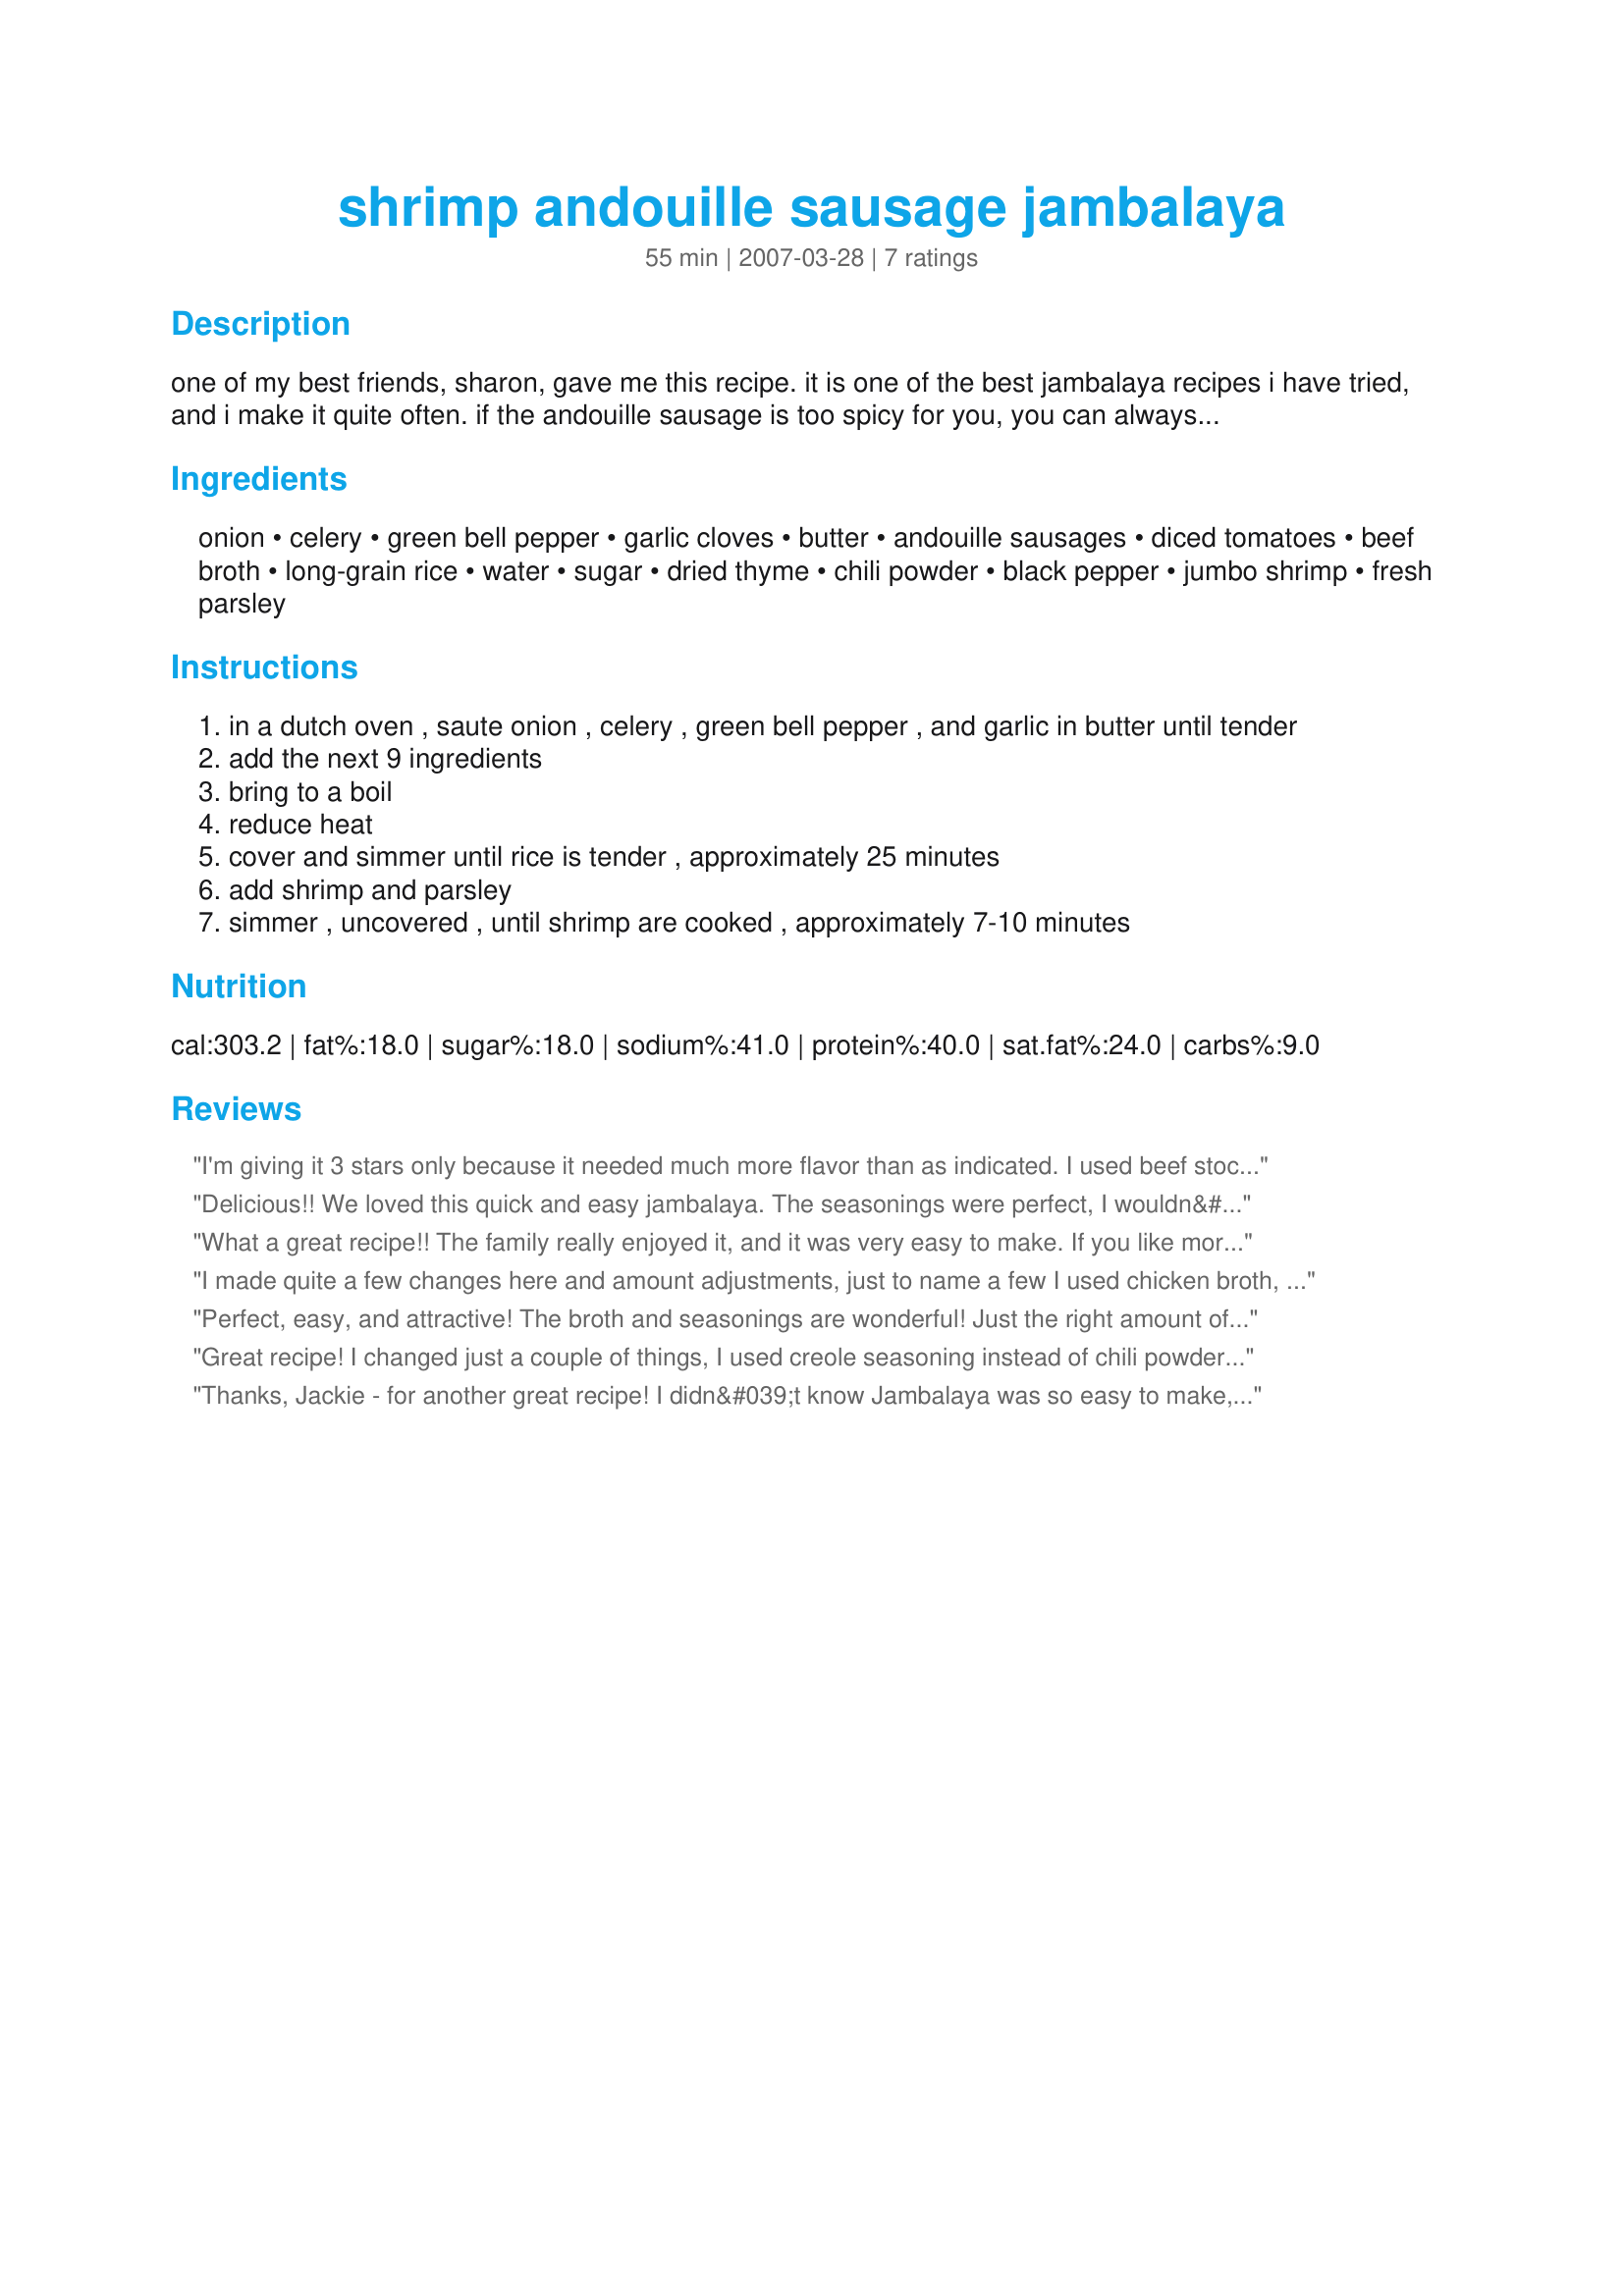
shrimp andouille sausage jambalaya
Preparation time: 55 minutes

one of my best friends, sharon, gave me this recipe. it is one of the best jambalaya recipes i have tried, and i make it quite often. if the andouille sausage is too spicy for you, you can always substitute 2 cups of cubed cooked ham.

Ingredients:
onion, celery, green bell pepper, garlic cloves, butter, andouille sausages, diced tomatoes, beef broth, long-grain rice, water, sugar, dried thyme, chili powder, black pepper, jumbo shrimp, fresh parsley

Steps:
in a dutch oven , saute onion , celery , green bell pepper , and garlic in butter until tender
add the next 9 ingredients
bring to a boil
reduce heat
cover and simmer until rice is tender , approximately 25 minutes
add shrimp and parsley
simmer , uncovered , until shrimp are cooked , approximately 7-10 minutes

Reviews:
I'm giving it 3 stars only because it needed much more flavor than as indicated. I used beef stock (about 3 times as much), 13 oz. of sausage, 1 lb shrimp. I added not only cayenne but Old Bay and about twice the other seasoning. I did add a little more vegetables to it, chopped zucchini, just before the shrimp but I was surprised it needed as much as it did. Once it was doctored up a bit, it was great.
Delicious!! We loved this quick and easy jambalaya. The seasonings were perfect, I wouldn&#039;t change a thing. I used 12 oz. of Andouille sausage because that was the size package I had on hand and we love the stuff. My husband kept commenting on how good it tasted, so I knew it was a winner. Thank you for sharing this fabulous recipe...it is definitely a keeper!!&lt;br/&gt;Made for ZWT 9 - Cajun/ Creole for The Apron String Travelers.
What a great recipe!! The family really enjoyed it, and it was very easy to make. If you like more "heat", there is no difficulty to add to this. I made it with no changes to the recipe, and it was so tasty! I served it with sourdough wheat bread, and Hershey's Special Dark Picnic Cake for dessert. Thanks, Jackie, this is a keeper!
I made quite a few changes here and amount adjustments, just to name a few I used chicken broth, olive oil, omitted the sugar and parsley, increased the veggies and added in 2 teaspoons crushed chili flakes, served with fresh grated Parmesan cheese, with those changes we really enjoyed the recipe, thanks Jackie!
Perfect, easy, and attractive! The broth and seasonings are wonderful! Just the right amount of heat and we appreciate that it does not have crushed red pepper in it. I did sub ham for the sausage, omitted the green pepper, and used cooked shrimp b/c they had a great sale on it. We put the cooked shrimp in for 3 minutes. Thanks JackieOhNo! for posting a recipe I will definitely be making again. Made for PRMR game.
Great recipe! I changed just a couple of things, I used creole seasoning instead of chili powder, used chicken broth and didn't use sugar and used Clamato Juice instead of water. I like some heat in my food. Will definitely make this again!
Thanks, Jackie - for another great recipe! I didn&#039;t know Jambalaya was so easy to make, or it would have had a place on our regular menu. This Jambalaya is delicious and goes together quickly. I did add more cayenne because we like it spicy, and also threw in a teaspoon of Cajun Blackened seasoning. We used our homemade Andouille for this (acleggstore.com), which to our disappointment turned out a bit crumbly. But it still tasted good! I&#039;ve never seen a Cajun or creole restaurant here in CR, and now I don&#039;t need one! Thanks for posting! ZWT9
